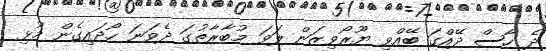
ދެ ހާސް ދޭއްގަ ބޭއްވި ޔޫރޯވިޒަން ލަވަ މުބާރާތުގަ ދެވަނަ ހޯދައިގެން މުޅި